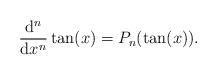
LaTeX: \begin{align*} {{\rm d} ^n \over {\rm d} x^n} \tan(x) = P_n(\tan(x)). \end{align*}